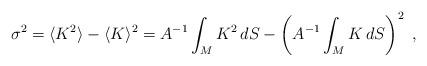
LaTeX: \begin{align*}\sigma^2 = \langle K^2 \rangle - \langle K \rangle^2 = A^{-1}\int_M K^2 \, dS - \left(A^{-1} \int_M K \, dS\right)^2~,\end{align*}